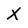
Character: X